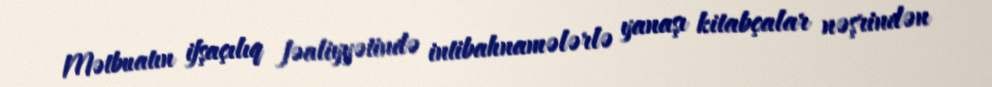
Mətbuatın ifşaçılıq fəaliyyətində intibahnamələrlə yanaşı kitabçalar nəşrindən